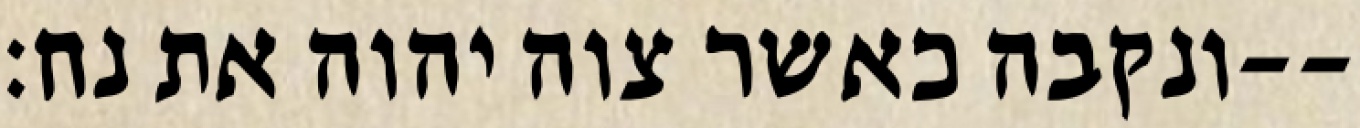
ונקבה כאשר צוה יהוה את נח׃--